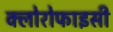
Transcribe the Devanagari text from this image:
क्लोरोफाइसी